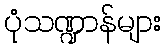
ပုံသဏ္ဍာန်များ